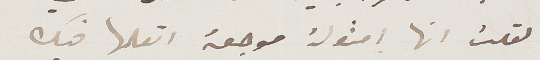
لقلت انها امثولة موجعة اتعلمها فيك